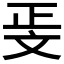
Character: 𭤖